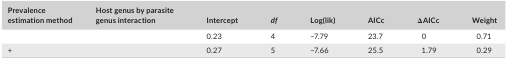
| Prevalence estimation method | Host genus by parasite genus interaction | Intercept | df | Log(lik) | AICc | ΔAICc | Weight |
 | --- | --- | --- | --- | --- | --- | --- | --- |
 |  |  | 0.23 | 4 | −7.79 | 23.7 | 0 | 0.71 |
 | + |  | 0.27 | 5 | −7.66 | 25.5 | 1.79 | 0.29 |